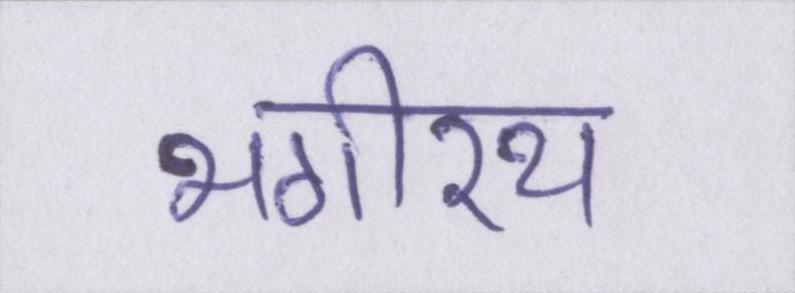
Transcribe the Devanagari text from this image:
भगीरथ